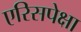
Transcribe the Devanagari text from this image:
एरिसपेक्षा